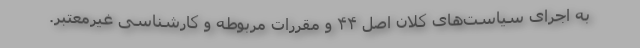
به اجرای سیاست‌های کلان اصل ۴۴ و مقررات مربوطه و کارشناسی غیرمعتبر.